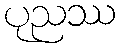
ပုညဿ